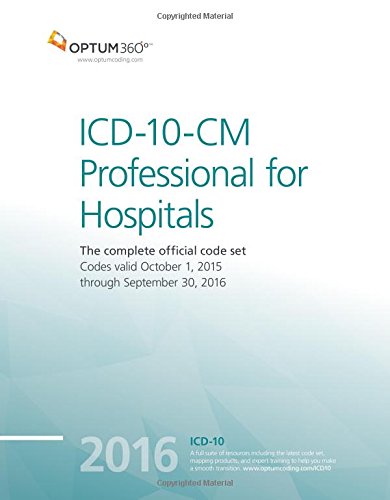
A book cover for ICD-10-CM Professional for Hospitals 2016; Optum360; Medical Books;